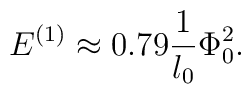
E^{(1)} \approx 0.79 \frac{1}{l_0} \Phi_{0}^2.